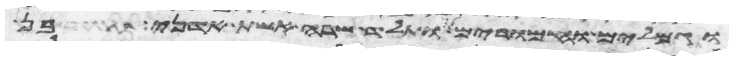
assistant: וגמלים וחמרים ותלד שרה אשת אדני בן